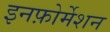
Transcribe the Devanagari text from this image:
इनफ़ोर्मेशन